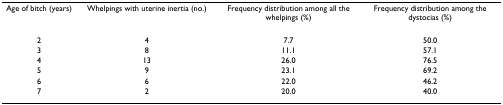
| Age of bitch (years) | Whelpings with uterine inertia (no.) | Frequency distribution among all the whelpings (%) | Frequency distribution among the dystocias (%) |
 | --- | --- | --- | --- |
 | 2 | 4 | 7.7 | 50.0 |
 | 3 | 8 | 11.1 | 57.1 |
 | 4 | 13 | 26.0 | 76.5 |
 | 5 | 9 | 23.1 | 69.2 |
 | 6 | 6 | 22.0 | 46.2 |
 | 7 | 2 | 20.0 | 40.0 |